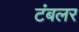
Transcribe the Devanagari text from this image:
टंबलर